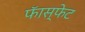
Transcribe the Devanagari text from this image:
फॅास्फेट